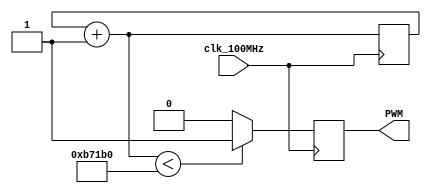
module PWM_Generator(
    //input [1:0] sw2,        // Controll Input (0%-100%)
    input clk_100MHz,
    output PWM
);

    reg [19:0] width = 20'd750000;         // Pulse Width
    reg [4:0] out_PWM;       // For Output Minipulation
    reg [19:0] count;

    initial begin            // Initialize Registers to Zero
        //width = 0;
        out_PWM = 0;
        count = 0;
    end

    always@(posedge clk_100MHz) begin

            count = count + 1;

        if(count < width)
            out_PWM = 1;
        else
            out_PWM = 0;

    end


    /*
    always@(*)begin
        case(sw2)
            2'd0 : width = 20'd0;     // 0% Duty
            2'd1 : width = 20'd500000;    // 50% Duty
            2'd2 : width = 20'd600000;    // 65% Duty
            2'd3 : width = 20'd750000;    // 75% Duty
            default : width = 20'd0;
        endcase
    end */

    assign PWM = out_PWM;

endmodule